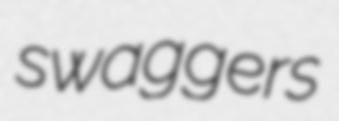
swaggers